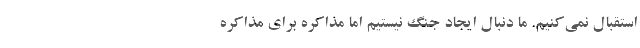
استقبال نمی‌کنیم. ما دنبال ایجاد جنگ نیستیم اما مذاکره برای مذاکره